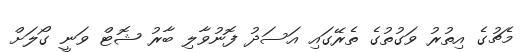
މެޗުގެ އިތުރު ވަގުތުގެ ތެރޭގައި އަސަދުު ފޮނުވާލި ބާރު ޝޮޓް ވަނީ ގޯލަށް